Annual administration report of the Civil Veterinary Department of India - 1892-1893
Year: 1892
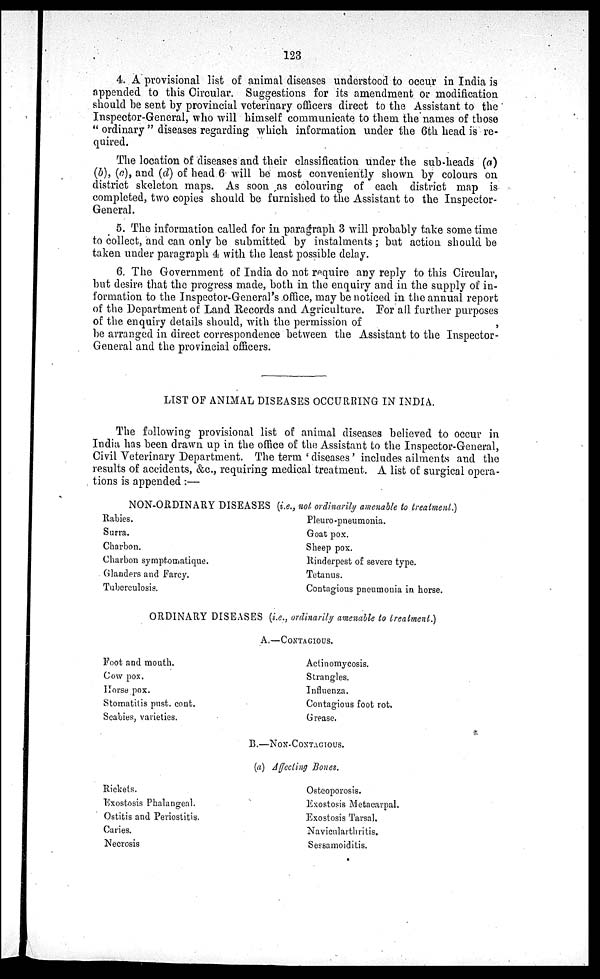
123
4. A provisional list of animal diseases understood to occur in India is
appended to this Circular. Suggestions for its amendment or modification
should be sent by provincial veterinary officers direct to the Assistant to the
Inspector-General, who will himself communicate to them the names of those
"ordinary" diseases regarding which information under the 6th head is re-
quired.
The location of diseases and their classification under the sub-heads (a)
(b), (c), and (d) of head 6 will be most conveniently shown by colours on
district skeleton maps. As soon as colouring of each district map is
completed, two copies should be furnished to the Assistant to the Inspector-
General.
5. The information called for in paragraph 3 will probably take some time
to collect, and can only be submitted by instalments; but action should be
taken under paragraph 4 with the least possible delay.
6. The Government of India do not require any reply to this Circular,
but desire that the progress made, both in the enquiry and in the supply of in-
formation to the Inspector-General's office, may be noticed in the annual report
of the Department of Land Records and Agriculture. For all further purposes
of the enquiry details should, with the permission of
,
be arranged in direct correspondence between the Assistant to the Inspector-
General and the provincial officers.
LIST OF ANIMAL DISEASES OCCURRING IN INDIA.
The following provisional list of animal diseases believed to occur in
India has been drawn up in the office of the Assistant to the Inspector-General,
Civil Veterinary Department. The term 'diseases' includes ailments and the
results of accidents, &c., requiring medical treatment. A list of surgical opera-
tions is appended:—
NON-ORDINARY DISEASES (i.e., not ordinarily amenable to treatment.)
Rabies.
Surra.
Charbon.
Charbon symptomatique.
Glanders and Farcy.
Tuberculosis.
Pleuropneumonia.
Goat pox.
Sheep pox.
Rinderpest of severe type.
Tetanus.
Contagious pneumonia in horse.
ORDINARY DISEASES (i.e., ordinarily amenable to treatment.)
A.—CONTAGIOUS.
Foot and mouth.
Cow pox.
Horse pox.
Stomatitis pust. cont.
Scabies, varieties.
Actinomycosis.
Strangles.
Influenza.
Contagious foot rot.
Grease.
B.—NON-CONTAGIOUS.
Rickets.
Exostosis Phalangeal.
Ostitis and Periostitis.
Caries.
Necrosis
(a) Affecting Bones.
Osteoporosis.
Exostosis Metacarpal.
Exostosis Tarsal.
Navicularthritis.
Sessamoiditis.